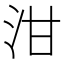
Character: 泔